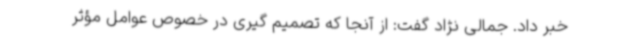
خبر داد. جمالی نژاد گفت: از آنجا که تصمیم گیری در خصوص عوامل مؤثر